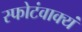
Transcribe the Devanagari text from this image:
स्फोटंवाक्यं